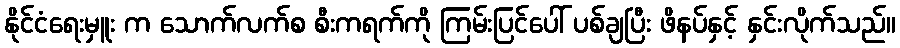
နိုင်ငံရေးမှူး က သောက်လက်စ စီးကရက်ကို ကြမ်းပြင်ပေါ် ပစ်ချပြီး ဖိနပ်နှင့် နှင်းလိုက်သည်။